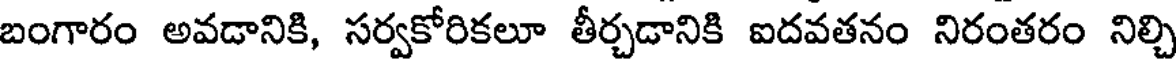
బంగారం అవడానికి, సర్వకోరికలూ తీర్చడానికి ఐదవతనం నిరంతరం నిల్చి